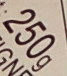
250g